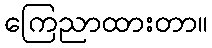
ကြေညာထားတာ။